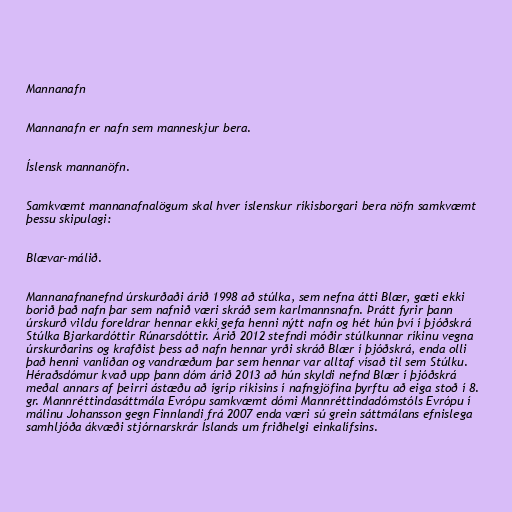
Mannanafn

Mannanafn er nafn sem manneskjur bera.

Íslensk mannanöfn.

Samkvæmt mannanafnalögum skal hver íslenskur ríkisborgari bera nöfn samkvæmt
þessu skipulagi:

Blævar-málið.

Mannanafnanefnd úrskurðaði árið 1998 að stúlka, sem nefna átti Blær, gæti ekki
borið það nafn þar sem nafnið væri skráð sem karlmannsnafn. Þrátt fyrir þann
úrskurð vildu foreldrar hennar ekki gefa henni nýtt nafn og hét hún því í þjóðskrá
Stúlka Bjarkardóttir Rúnarsdóttir. Árið 2012 stefndi móðir stúlkunnar ríkinu vegna
úrskurðarins og krafðist þess að nafn hennar yrði skráð Blær í þjóðskrá, enda olli
það henni vanlíðan og vandræðum þar sem hennar var alltaf vísað til sem Stúlku.
Héraðsdómur kvað upp þann dóm árið 2013 að hún skyldi nefnd Blær í þjóðskrá
meðal annars af þeirri ástæðu að ígríp ríkisins í nafngjöfina þyrftu að eiga stoð í 8.
gr. Mannréttindasáttmála Evrópu samkvæmt dómi Mannréttindadómstóls Evrópu í
málinu Johansson gegn Finnlandi frá 2007 enda væri sú grein sáttmálans efnislega
samhljóða ákvæði stjórnarskrár Íslands um friðhelgi einkalífsins.